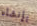
بإنشاء